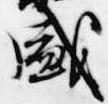
盛